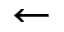
\leftarrow